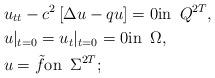
LaTeX: \begin{align*}& u_{tt}-c^2\,[\Delta u-qu]=0 \mbox{in }\, Q^{2T}, \\& u|_{t=0}=u_t|_{t=0}=0 \mbox{in }\, \Omega , \\& u={\tilde f} \mbox{on }\, \Sigma^{2T};\end{align*}